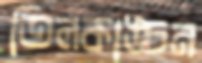
তিলকাঙ্চন